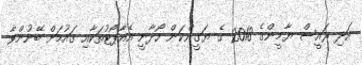
އަދި ރައީސް ޔާމީންގެ 2018 ގެ ޔަގީންކަން ހޯދާނީ އެއާޕޯޓުތަކާއި ގައުމަށް ބޭނުންވާ